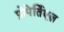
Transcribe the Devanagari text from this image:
प्रोपेर्तिएज़